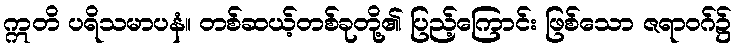
ဣတိ ပရိသမာပနံ။ တစ်ဆယ့်တစ်ခုတို့၏ ပြည့်ကြောင်း ဖြစ်သော ဇရာဝဂ်၌